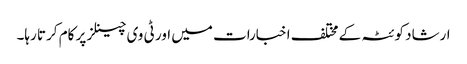
ارشاد کوئٹہ کے مختلف اخبارات میں اور ٹی وی چینلز پر کام کرتا رہا۔